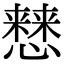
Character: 𢣡